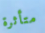
متأثرة